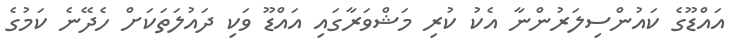
އައްޑޫގެ ކައުންސިލަރުންނާ އެކު ކުރި މަޝްވަރާގައި އައްޑޫ ވަކި ދައުލަތަކަށް ހެދޭނެ ކަމުގެ